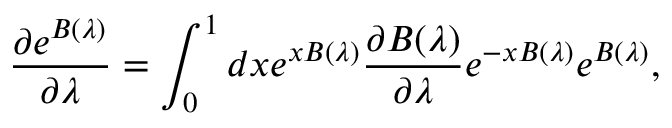
\frac { \partial e ^ { B ( \lambda ) } } { \partial \lambda } = \int _ { 0 } ^ { 1 } d x e ^ { x B ( \lambda ) } \frac { \partial B ( \lambda ) } { \partial \lambda } e ^ { - x B ( \lambda ) } e ^ { B ( \lambda ) } ,